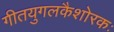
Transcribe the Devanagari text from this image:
गीतयुगलकैशोरकः